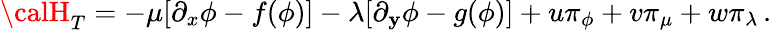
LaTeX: {\calH}_{T}=-\mu[\partial_{x}\phi-f(\phi)]-\lambda[\partial_{\mathbf{y}}\phi-g(\phi)]+u\pi_{\phi}+v\pi_{\mu}+w\pi_{\lambda}\, .